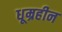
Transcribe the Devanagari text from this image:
धूम्रहीन